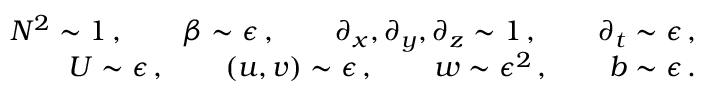
\begin{array} { r l r } & { } & { N ^ { 2 } \sim 1 \, , \qquad \beta \sim \epsilon \, , \qquad \partial _ { x } , \partial _ { y } , \partial _ { z } \sim 1 \, , \qquad \partial _ { t } \sim \epsilon \, , } \\ & { } & { U \sim \epsilon \, , \qquad ( u , v ) \sim \epsilon \, , \qquad w \sim \epsilon ^ { 2 } \, , \qquad b \sim \epsilon \, . } \end{array}